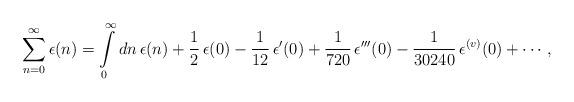
LaTeX: \begin{align*}\sum_{n=0}^{\infty}\epsilon(n) =\int\limits_{0}^{\infty}{dn}\,\epsilon(n) + {1\over 2}\,\epsilon(0) - {1\over 12}\,\epsilon'(0) + {1\over 720}\,\epsilon'''(0) - {1\over 30240}\,\epsilon^{(v)}(0) + \cdots,\end{align*}